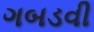
ગબડવી